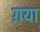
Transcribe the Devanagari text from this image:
ग़या